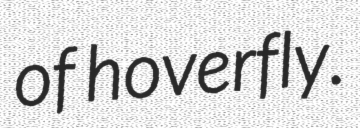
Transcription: of hoverfly.